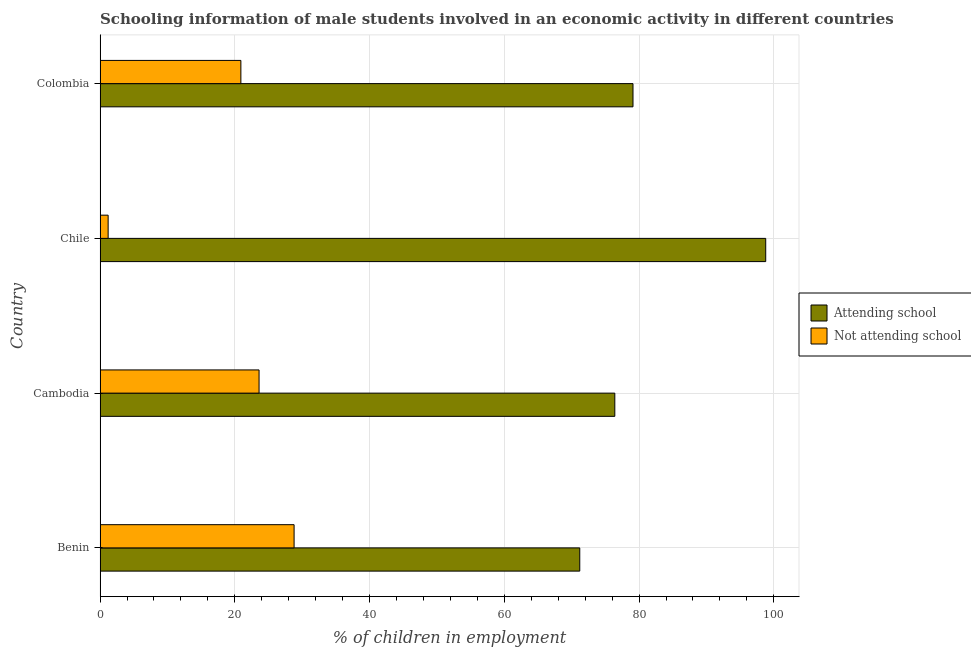
| Country | Attending school | Not attending school |
 | --- | --- | --- |
 | Benin | 71.2 | 28.8 |
 | Cambodia | 76.4 | 23.6 |
 | Chile | 98.8 | 1.2 |
 | Colombia | 79.1 | 20.9 |